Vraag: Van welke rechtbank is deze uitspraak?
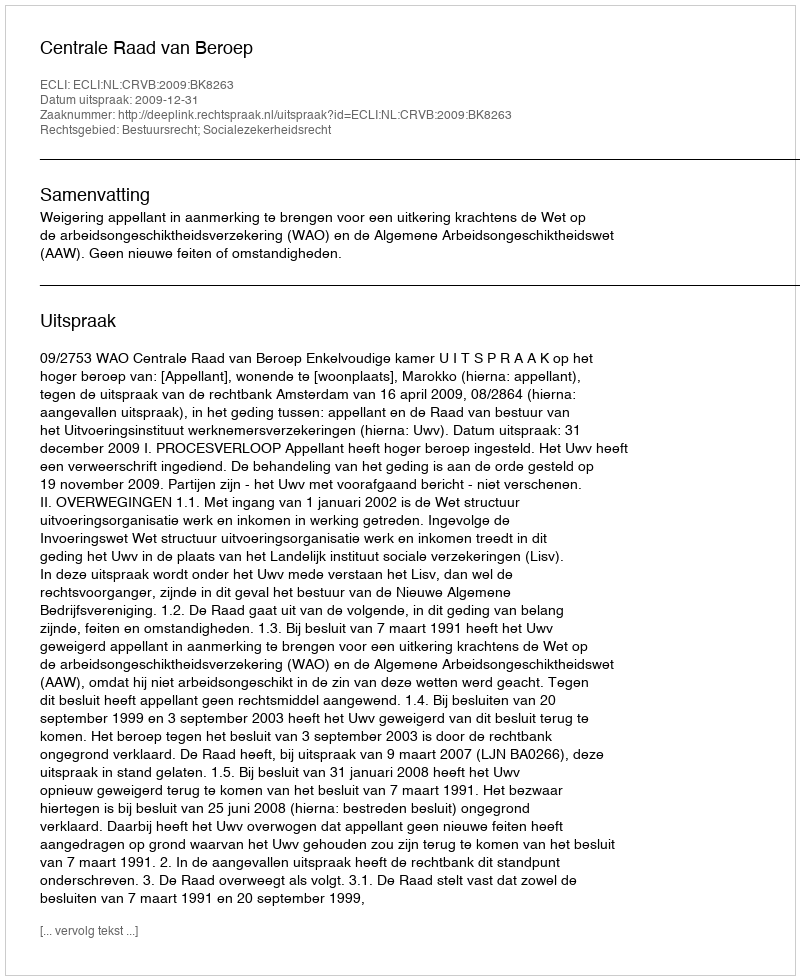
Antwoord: Centrale Raad van Beroep